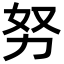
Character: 努